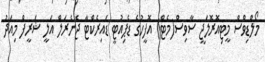
މޯލްޑިވްސް މީޓިއޮރޮލަޖީ ސާވިސް(މެޓް) އޮފީހުގެ ޑެޕިއުޓީ ޑައިރެކްޓާ ޖެނެރަލް އަލީ ޝަރީފް މިއަދު